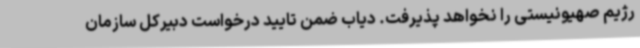
رژیم صهیونیستی را نخواهد پذیرفت. دیاب ضمن تایید درخواست دبیرکل سازمان